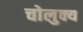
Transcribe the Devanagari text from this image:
चोलुक्य